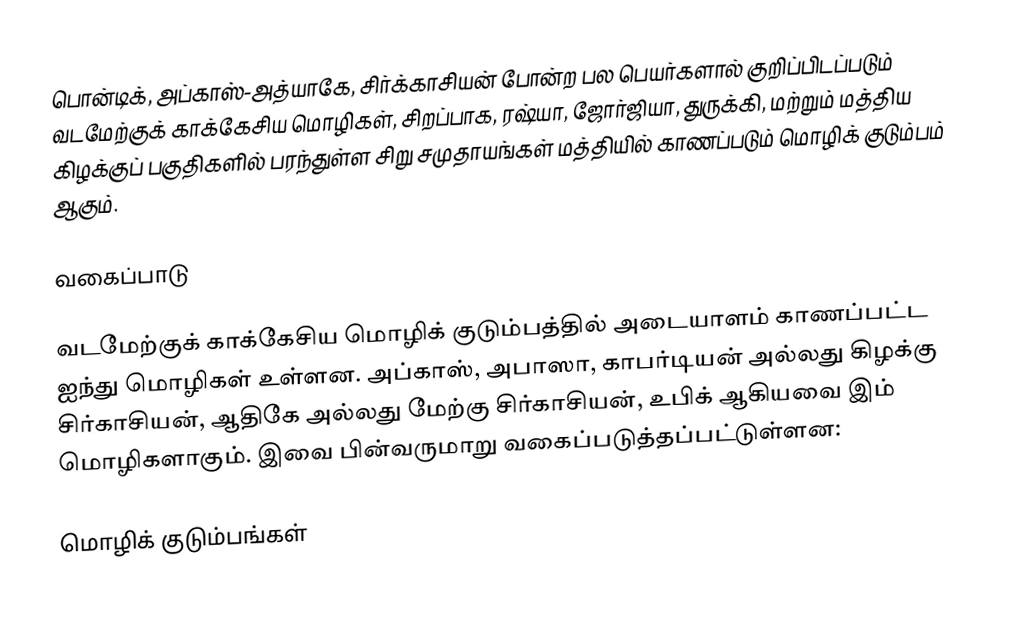
பொன்டிக், அப்காஸ்-அத்யாகே, சிர்க்காசியன் போன்ற பல பெயர்களால் குறிப்பிடப்படும் வடமேற்குக் காக்கேசிய மொழிகள், சிறப்பாக, ரஷ்யா, ஜோர்ஜியா, துருக்கி, மற்றும் மத்திய கிழக்குப் பகுதிகளில் பரந்துள்ள சிறு சமுதாயங்கள் மத்தியில் காணப்படும் மொழிக் குடும்பம் ஆகும்.

வகைப்பாடு

வடமேற்குக் காக்கேசிய மொழிக் குடும்பத்தில் அடையாளம் காணப்பட்ட ஐந்து மொழிகள் உள்ளன. அப்காஸ், அபாஸா, காபர்டியன் அல்லது கிழக்கு சிர்காசியன், ஆதிகே அல்லது மேற்கு சிர்காசியன், உபிக் ஆகியவை இம் மொழிகளாகும். இவை பின்வருமாறு வகைப்படுத்தப்பட்டுள்ளன:

மொழிக் குடும்பங்கள்